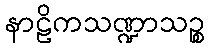
နာဠိကသဏ္ဍာသဉ္စ